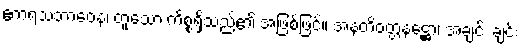
ဧကရသဘာဝေန၊ တူသော ကိစ္စရှိသည်၏ အဖြစ်ဖြင့်။ အနတိဝတ္တနဋ္ဌော၊ အချင်း ချင်း